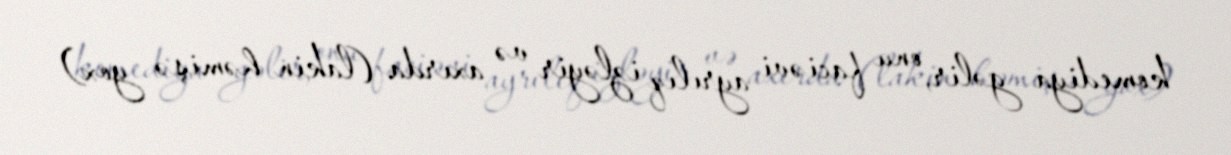
komediya gəlir, onu faciəvi ayrılıq izləyir və axırda (lakin həmişə yox)